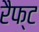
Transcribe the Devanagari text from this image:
रैफ्ट